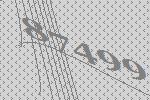
87499